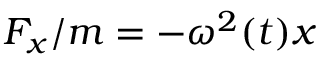
F _ { x } / m = - \omega ^ { 2 } ( t ) x